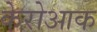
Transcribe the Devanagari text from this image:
केरोआक